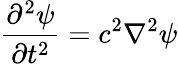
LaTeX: {\frac{\partial^{2}\psi}{\partial t^{2}}}=c^{2}\nabla^{2}\psi